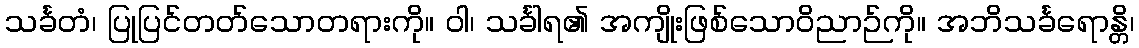
သင်္ခတံ၊ ပြုပြင်တတ်သောတရားကို။ ဝါ၊ သင်္ခါရ၏ အကျိုးဖြစ်သောဝိညာဉ်ကို။ အဘိသင်္ခရောန္တိ၊